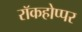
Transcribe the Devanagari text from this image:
रॉकहोप्पर